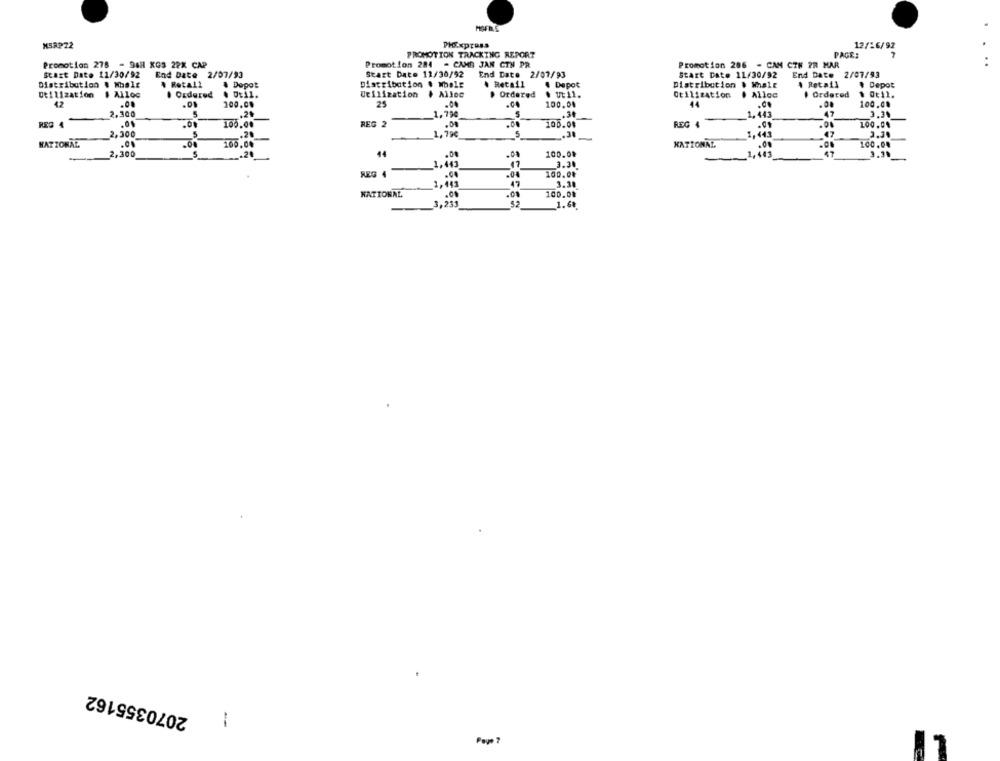
MSRP22
PHExpress
12/16/92
PROMOTION TRACKING REPORT
PAGE:
7
Promotion 278 - 948 KG3 2PX CAP
Promotion 284 - CAMB JAN CIN PR
Promotion 286 - CAM CTN PR MAR
Start Date 11/30/92
End Date 2/07/93
Start Date 11/30/92
End Date 2/07/93
Start Date 11/30/92
End Date 2/07/93
Distribution & Mhalt
# Rotall
& Dopot
Distribution & Whole
. Retail
4 Depot
Distribution . Wale
A Retail
# Depot
Utilization
# Alloc
. Ordered
. Util.
Utilization # Alloc
. Ordered
. Ut11.
Otilization
. Alloc
Ordered
1 0t11.
42
.00
100.00
25
.04
100.04
44
100.08
2.300
.21
1,790
.31
1,443
REG 4
REG 2
REG 4
-
100.04
100.00
100.08
2,300
S
1,443
3.30
NATIONAL
100,00
NATIONAL
.00
100,00
2,300
5
44
.01
100.08
.20
-
_1,443
1,443
17
3.30
REG 4
100.00
47
3.30
1,443
NATIONAL
100.08
3,233
1.6₺
2070355162